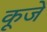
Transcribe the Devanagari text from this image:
कूजे